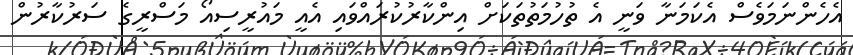
އެހެންނަމަވެސް އެކަމަނާ ވަނީ އެ ތުހުމަތުތަކަށް އިންކާރުކުރައްވައި އެއީ މައުރީސިއޯ މަސްރީގެ ސަރުކާރުން